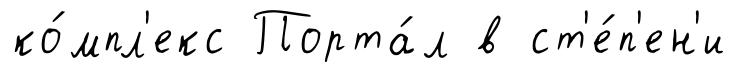
ко́мпл'екс Порта́л в ст'е́п'ен'и